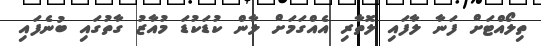
ތިލޯއްޓަށް ފަނާ ލާފައި ލޮތާރި އެއްގަމަށް ލާން ކުޑަކުޑަ މުއާޒު ގާތުގައި ބުނެފައި